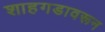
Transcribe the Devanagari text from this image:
शाहगडावरून